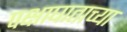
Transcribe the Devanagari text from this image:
पक्षाघाताच्या